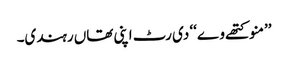
’’منو کتھے وے‘‘ دی رٹ اپنی تھاں رہندی۔